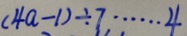
( 4 a - 1 ) \div 7 \cdots 4